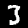
Label: 3